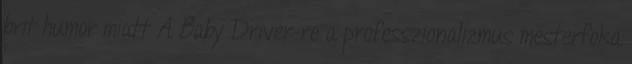
brit humor miatt A Baby Driver-re a professzionalizmus mesterfoka